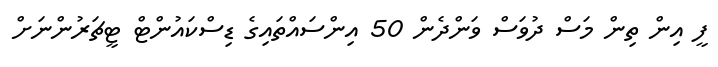
ފީ އިން ތިން މަސް ދުވަސް ވަންދެން 50 އިންސައްތައިގެ ޑިސްކައުންޓް ޓީޗަރުންނަށް